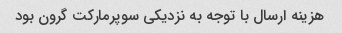
هزینه ارسال با توجه به نزدیکی سوپرمارکت گرون بود